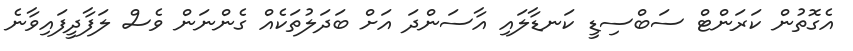
އެގޮތުން ކަރަންޓް ސަބްސިޑީ ކަނޑާލައި އާސަންދަ އަށް ބަދަލުތަކެއް ގެންނަން ވެސް ލަފާދީފައިވާނެ